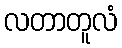
လတာတူလံ